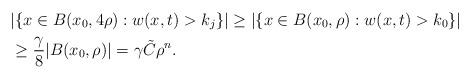
LaTeX: \begin{align*}&|\{x\in B(x_0,4\rho) : w(x,t)>k_j\}| \ge |\{x\in B(x_0,\rho) : w(x,t)>k_0\}|\\&\ge \frac \gamma 8 |B(x_0,\rho)| = \gamma \tilde C \rho^n.\end{align*}